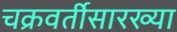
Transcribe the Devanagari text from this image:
चक्रवर्तीसारख्या